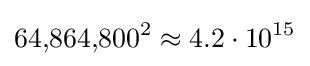
64{,}864{,}800^{2}\approx 4.2\cdot 10^{15}